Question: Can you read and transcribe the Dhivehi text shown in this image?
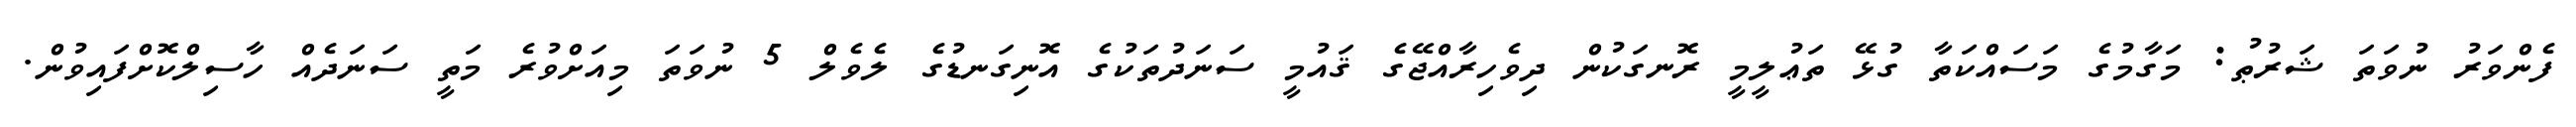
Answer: ފެންވަރު ނުވަތަ ޝަރުޠު: މަގާމުގެ މަސައްކަތާ ގުޅޭ ތަޢުލީމީ ރޮނގަކުން ދިވެހިރާއްޖޭގެ ޤައުމީ ސަނަދުތަކުގެ އޮނިގަނޑުގެ ލެވެލް 5 ނުވަތަ މިއަށްވުރެ މަތީ ސަނަދެއް ހާސިލްކޮށްފައިވުން.